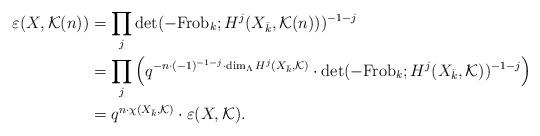
LaTeX: \begin{align*} \varepsilon(X, \mathcal K(n)) &=\prod_{j}\det(-{\rm Frob}_k; H^j(X_{\bar k},\mathcal K(n)))^{-1-j}\\ &=\prod_{j}\left(q^{-n\cdot (-1)^{-1-j}\cdot \dim_\Lambda H^j(X_{\bar k},\mathcal K)}\cdot\det(-{\rm Frob}_k; H^j(X_{\bar k},\mathcal K))^{-1-j}\right)\\ &=q^{n\cdot\chi(X_{\bar k},\mathcal K)}\cdot \varepsilon(X,\mathcal K). \end{align*}